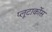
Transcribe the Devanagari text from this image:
प्लूटार्कोस